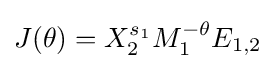
J(\theta )=X_{2}^{s_{1}}M_{1}^{-\theta }E_{1,2}